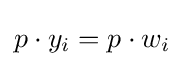
p\cdot y_{i}=p\cdot w_{i}